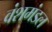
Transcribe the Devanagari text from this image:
वंशमंडल